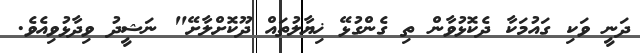
ދަނީ ވަކި ގައުމަކާ ދެކޮޅުވާން ތި ގެންގުޅޭ ޚިޔާލުތައް ދޫކޮށްލާށޭ" ނަޝީދު ވިދާޅުވިއެވެ.